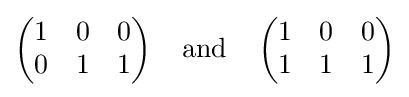
{\begin{pmatrix}1&0&0\\0&1&1\end{pmatrix}}\;\;\;\;{\text{and}}\;\;\;\;{\begin{pmatrix}1&0&0\\1&1&1\end{pmatrix}}